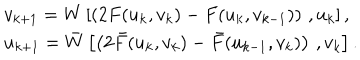
\begin{array} { l } { { v _ { k + 1 } = W \left[ \left( 2 F ( u _ { k } , v _ { k } ) - F ( u _ { k } , v _ { k - 1 } ) \right) \, , u _ { k } \right] , } } \\ { { u _ { k + 1 } = \bar { W } \left[ \left( 2 \bar { F } ( u _ { k } , v _ { k } ) - \bar { F } ( u _ { k - 1 } , v _ { k } ) \right) \, , v _ { k } \right] . } } \\ \end{array}